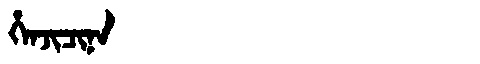
Manchu: ᡥᡝᠨᠵᡳᠴᡳᠨᠠ
Romanization: HENJICINA